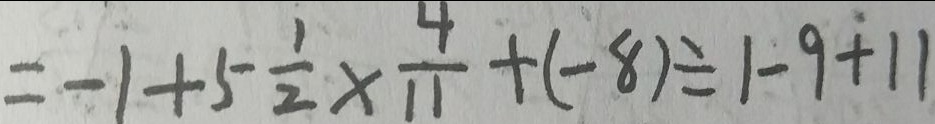
= - 1 + 5 \frac { 1 } { 2 } \times \frac { 4 } { 1 1 } + ( - 8 ) \div 1 - 9 + 1 1